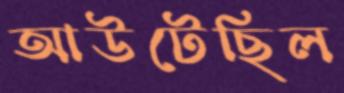
আউটেছিল